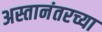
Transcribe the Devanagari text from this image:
अस्तानंतरच्या